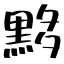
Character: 黟